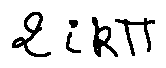
2 i k \pi